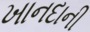
ખાનદાની